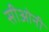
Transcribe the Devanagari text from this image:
सीओनी